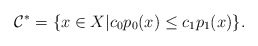
\begin{align*}\mathcal C^*=\{x\in X |c_0p_0(x)\le c_1p_1(x)\}.\end{align*}